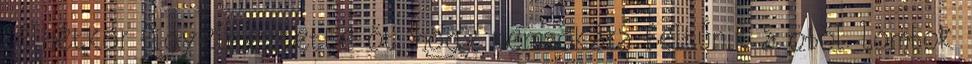
félhétkor figyelmeztette őt, hogy nemsokára feltűnik a öböl. Lombok